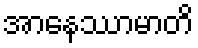
အာနေဿာမာတိ